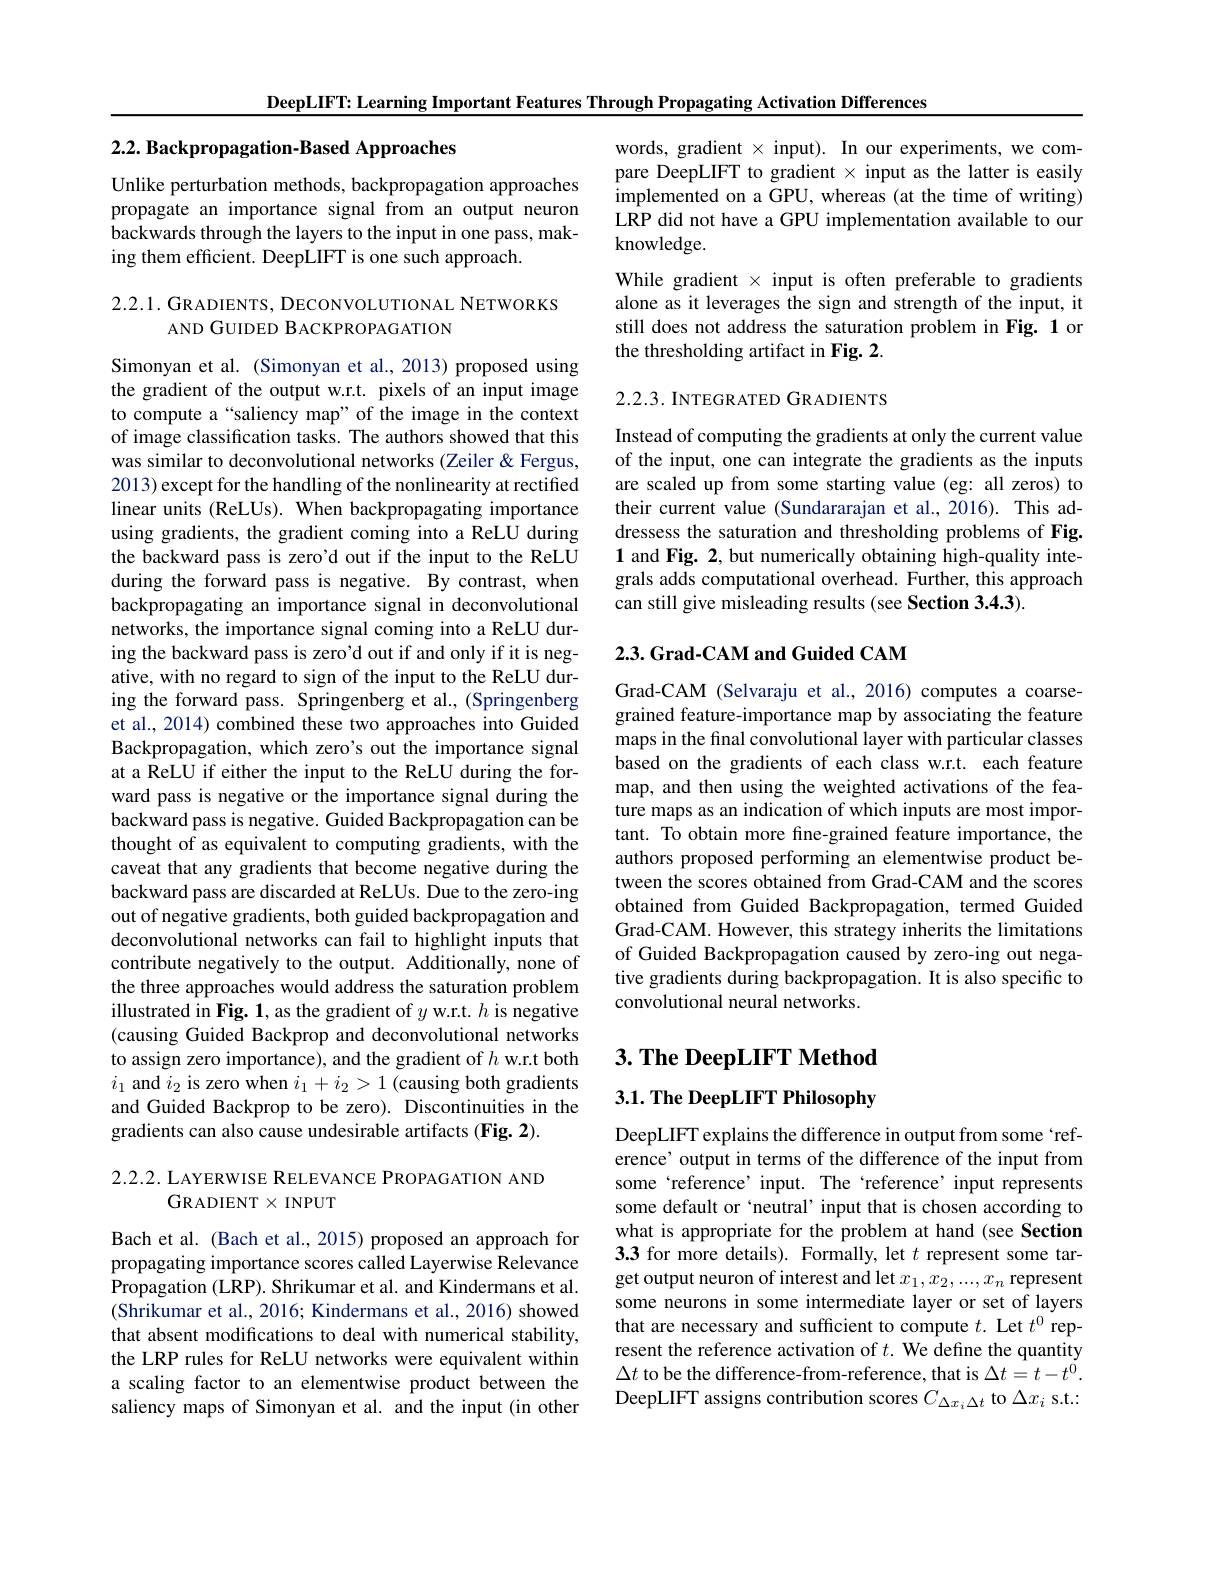
DeepLIFT: Learning Important Features Through Propagating Activation Differences

## $2. 2. \textbf{ Backpropagation- Based Approaches}$

Unlike perturbation methods, backpropagation approaches propagate an importance signal from an output neuron backwards through the layers to the input in one pass, making them efficient. DeepLIFT is one such approach.

2.2.1. GRADIENTS, DECONVOLUTIONAL NETWORKS
AND GUIDED BACKPROPAGATION

Simonyan et al. (Simonyan et al., 2013) proposed using the gradient of the output w.r.t. pixels of an input image to compute a“saliency map”of the image in the context of image classification tasks. The authors showed that this was similar to deconvolutional networks (Zeiler &Fergus, 2013) except for the handling of the nonlinearity at rectified linear units (ReLUs). When backpropagating importance using gradients, the gradient coming into a ReLU during the backward pass is zero'd out if the input to the ReLU during the forward pass is negative. By contrast, when backpropagating an importance signal in deconvolutional networks, the importance signal coming into a ReLU during the backward pass is zero'd out if and only if it is negative, with no regard to sign of the input to the ReLU during the forward pass. Springenberg et al., (Springenberg et al., 2014) combined these two approaches into Guided Backpropagation, which zero's out the importance signal at a ReLU if either the input to the ReLU during the forward pass is negative or the importance signal during the backward pass is negative. Guided Backpropagation can be thought of as equivalent to computing gradients, with the caveat that any gradients that become negative during the backward pass are discarded at ReLUs. Due to the zero-ing out of negative gradients, both guided backpropagation and deconvolutional networks can fail to highlight inputs that contribute negatively to the output. Additionally, none of the three approaches would address the saturation problem illustrated in Fig. 1, as the gradient of $y$ w.r.t. $h$ is negative (causing Guided Backprop and deconvolutional networks to assign zero importance), and the gradient of $h$ w.r.t both $i_1$ and $i_2$ is zero when $i_1+i_2>1$ (causing both gradients and Guided Backprop to be zero). Discontinuities in the gradients can also cause undesirable artifacts (Fig. 2).

2.2.2. LAYERWISE RELEVANCE PROPAGATION AND
GRADIENT$\times$INPUT

Bach et al. (Bach et al., 2015) proposed an approach for propagating importance scores called Layerwise Relevance Propagation (LRP). Shrikumar et al. and Kindermans et al. (Shrikumar et al., 2016; Kindermans et al., 2016) showed that absent modifications to deal with numerical stability, the LRP rules for ReLU networks were equivalent within a scaling factor to an elementwise product between the saliency maps of Simonyan et al. and the input (in other

words, gradient $\times$ input). In our experiments, we compare DeepLIFT to gradient $\times$ input as the latter is easily implemented on a GPU, whereas (at the time of writing) LRP did not have a GPU implementation available to our knowledge.
While gradient $\times$ input is often preferable to gradients alone as it leverages the sign and strength of the input, it still does not address the saturation problem in Fig. 1 or the thresholding artifact in Fig. 2

2.2.3. INTEGR ATED GRADIENTS

Instead of computing the gradients at only the current value of the input, one can integrate the gradients as the inputs are scaled up from some starting value (eg: all zeros) to their current value (Sundararajan et al.,2016). This addressess the saturation and thresholding problems of Fig. 1 and Fig. 2, but numerically obtaining high-quality integrals adds computational overhead. Further, this approach can still give misleading results (see Section 3.4.3)

### 2.3. Grad-CAM and Guided CAM

Grad-CAM (Selvaraju et al.,2016) computes a coarsegrained feature-importance map by associating the feature maps in the final convolutional layer with particular classes based on the gradients of each class w.r.t. each feature map, and then using the weighted activations of the feature maps as an indication of which inputs are most important. To obtain more fine-grained feature importance, the authors proposed performing an elementwise product between the scores obtained from Grad-CAM and the scores obtained from Guided Backpropagation, termed Guided Grad-CAM. However, this strategy inherits the limitations of Guided Backpropagation caused by zero-ing out negative gradients during backpropagation. It is also specific to convolutional neural networks.

## $3. \textbf{ The DeepLIFT Method}$

$3. 1. \textbf{ The DeepLIFT Philosophy}$

DeepLIFT explains the difference in output from some `reference' output in terms of the difference of the input from some `reference'input. The‘reference’input represents some default or `neutral' input that is chosen according to what is appropriate for the problem at hand (see Section 3.3 for more details). Formally, let $t$ represent some target output neuron of interest and let $x_1,x_2,...,x_n$ represent some neurons in some intermediate layer or set of layers that are necessary and sufficient to compute $t.$ Let $t^0$ represent the reference activation of $t.$ We define the quantity $\Delta t$ to be the difference-from-reference, that is $\Delta t=t-t^0.$ DeepLIFT assigns contribution scores $C_{\Delta x_i\Delta t}$ to $\Delta x_i$ s.t.: